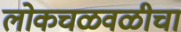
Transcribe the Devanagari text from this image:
लोकचळवळीचा